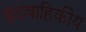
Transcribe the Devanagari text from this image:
हृदवाहिकीय